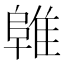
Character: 𱀜